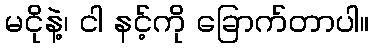
မငိုနဲ့၊ ငါ နင့်ကို ခြောက်တာပါ။